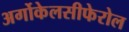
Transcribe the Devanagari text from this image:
अर्गोकेलसीफेरोल